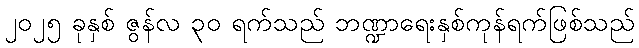
၂၀၂၅ ခုနှစ် ဇွန်လ ၃၀ ရက်သည် ဘဏ္ဍာရေးနှစ်ကုန်ရက်ဖြစ်သည်